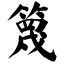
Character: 篾